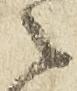
々